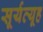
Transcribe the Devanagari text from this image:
सूर्यव्यूह